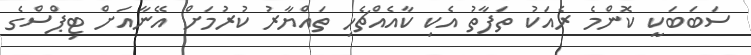
ސަބަބަކީ ކޮންމެ ރެއަކު ތަފާތު އެކި ކާއެއްޗެހި ތައްޔާރު ކުރުމަށް އޭނާއަށް ޓިޕްސްގެ